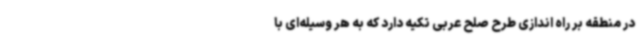
در منطقه بر راه اندازی طرح صلح عربی تکیه دارد که به هر وسیله‌ای با